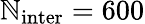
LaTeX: \mathbb{N}_{\mathrm{{inter}}}=600